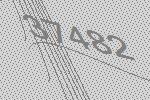
37482